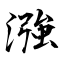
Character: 漒